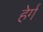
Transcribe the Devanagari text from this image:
हेर्ग